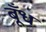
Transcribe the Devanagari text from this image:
बूँध